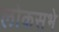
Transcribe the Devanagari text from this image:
लोकसभे